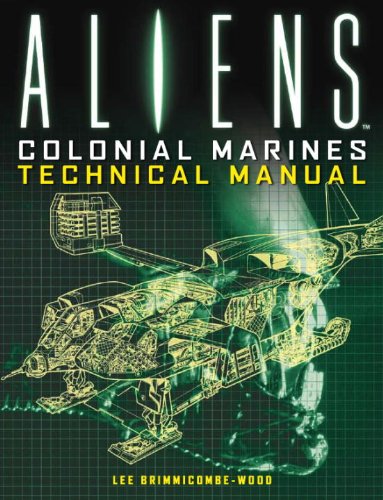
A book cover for Aliens: Colonial Marines Technical Manual; lee Brimmicombe-Wood; Humor & Entertainment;